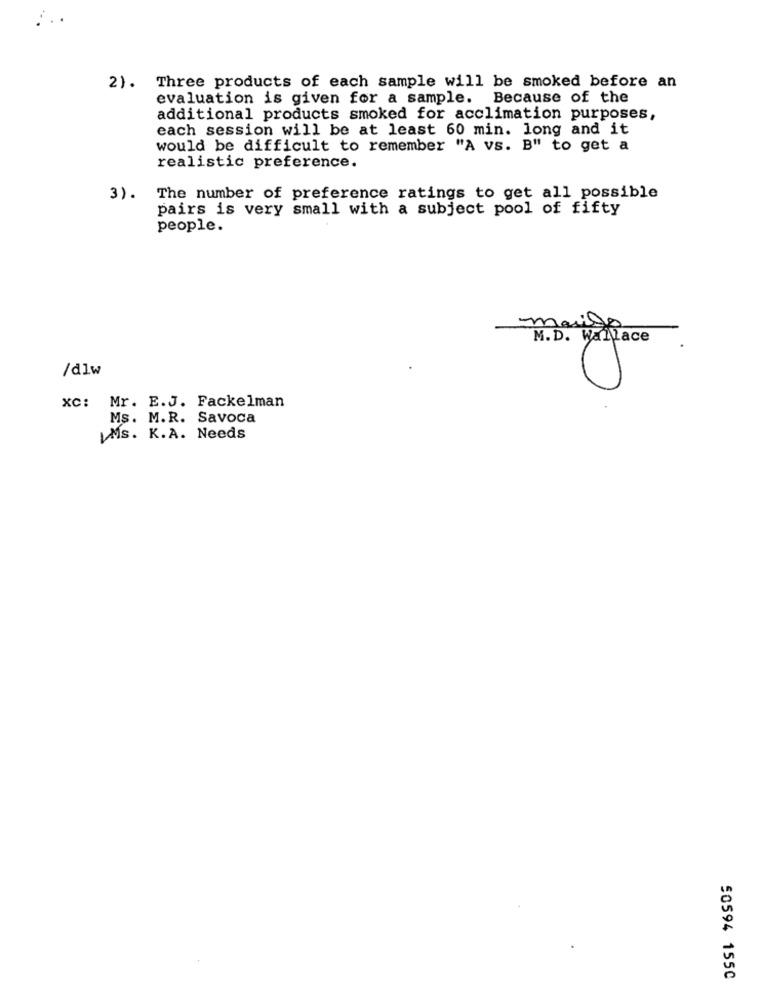
2). Three products of each sample will be smoked before an
evaluation is given for a sample. Because of the
additional products smoked for acclimation purposes,
each session will be at least 60 min. long and it
would be difficult to remember "A vs. B" to get a
realistic preference.
3). The number of preference ratings to get all possible
pairs is very small with a subject pool of fifty
people.
margo
M.D. Wallace
/dlw
XC: Mr. E.J. Fackelman
Ms. M.R. Savoca
IMs. K.A. Needs
50594 1550